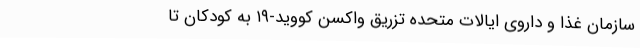
سازمان غذا و داروی ایالات متحده تزریق واکسن کووید-۱۹ به کودکان تا